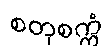
စတုစက္ကံ